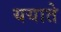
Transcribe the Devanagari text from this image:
ययाते